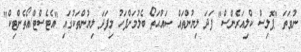
ނުވަތަ "ޕޮލިސް ކްލިއަރެންސް" ފަދަ ލިޔުންތައްް ޞައްޙަތޯ ބެލުމަށްފަހު މިފަދަ ލިޔުންތަކުގައި "އެޓެސްޓް/އޯތެންޓިކް"